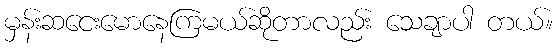
မှန်းဆငေးမောနေကြမယ်ဆိုတာလည်း သေချာပါ တယ်။